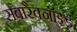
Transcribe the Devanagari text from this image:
सबारैक्नॉइड